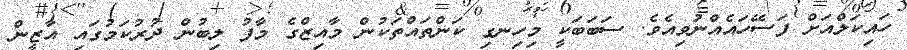
ހައިކަލްއަށް ފަސޭހައެއްނުވިއެވެ. ސަބަބަކީ މިހިނގި ކަންތައްތަކުން މާއިޒްގެ މާފު ލިބުން ދުރުކަމުގައި އާޒީން